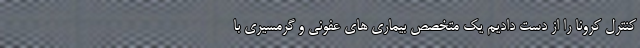
کنترل کرونا را از دست دادیم یک متخصص بیماری های عفونی و گرمسیری با